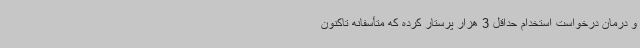
و درمان درخواست استخدام حداقل 3 هزار پرستار کرده که متأسفانه تاکنون